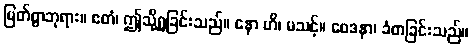
မြတ်စွာဘုရား။ ဧတံ၊ ဤသို့ရှုခြင်းသည်။ နော ဟိ၊ မသင့်။ ဝေဒနာ၊ ခံစာခြင်းသည်။